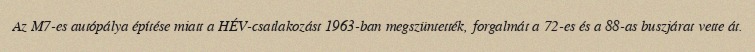
Az M7-es autópálya építése miatt a HÉV-csatlakozást 1963-ban megszüntették, forgalmát a 72-es és a 88-as buszjárat vette át.